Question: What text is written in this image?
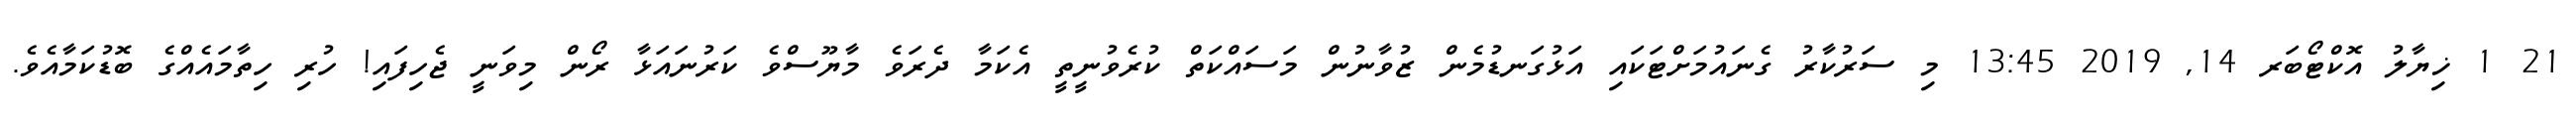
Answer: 21 1 ޚިޔާލު އޮކްޓޯބަރ 14, 2019 13:45 މި ސަރުކާރު ގެނައުމަށްޓަކައި އަޅުގަނޑުމެން ޒުވާނުން މަސައްކަތް ކުރެވުނީތީ އެކަމާ ދެރަވެ މާޔޫސްވެ ކަރުނައަޅާ ރޯން މިވަނީ ޖެހިފައި! ހުރި ހިތާމައެއްގެ ބޮޑުކަމާއެވެ.